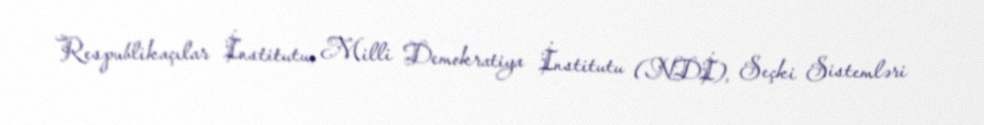
Respublikaçılar İnstitutu, Milli Demokratiya İnstitutu (NDİ), Seçki Sistemləri